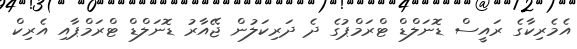
އެމެރިކާގެ ރައީސް ޑޮނަލްޑް ޓްރަމްޕުގެ ދެ ދަރިކަލުން ޖޭއާރު ޑޮނަލްޑް ޓްރަމްޕާއި އެރިކް